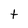
Character: t